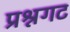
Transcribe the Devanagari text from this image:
प्रश्नगट